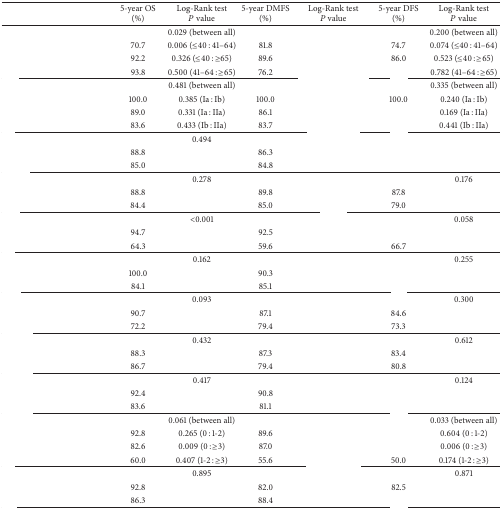
<table><thead><tr><td>[EMPTY_CELL]</td><td><b>5-year OS (%)</b></td><td><b>Log-Rank test <i>P</i> value</b></td><td><b>5-year DMFS (%)</b></td><td><b>Log-Rank test <i>P</i> value</b></td><td><b>5-year DFS (%)</b></td><td><b>Log-Rank test <i>P</i> value</b></td></tr></thead><tbody><tr><td>[EMPTY_CELL]</td><td>[EMPTY_CELL]</td><td>0.029 (between all)</td><td>[EMPTY_CELL]</td><td>[EMPTY_CELL]</td><td>[EMPTY_CELL]</td><td>0.200 (between all)</td></tr><tr><td>[EMPTY_CELL]</td><td>70.7</td><td>0.006 (≤40 : 41–64)</td><td>81.8</td><td>[EMPTY_CELL]</td><td>74.7</td><td>0.074 (≤40 : 41–64)</td></tr><tr><td>[EMPTY_CELL]</td><td>92.2</td><td>0.326 (≤40 : ≥65)</td><td>89.6</td><td>[EMPTY_CELL]</td><td>86.0</td><td>0.523 (≤40 : ≥65)</td></tr><tr><td>[EMPTY_CELL]</td><td>93.8</td><td>0.500 (41–64 : ≥65)</td><td>76.2</td><td>[EMPTY_CELL]</td><td>[EMPTY_CELL]</td><td>0.782 (41–64 : ≥65)</td></tr><tr><td>[EMPTY_CELL]</td><td>[EMPTY_CELL]</td><td>0.481 (between all)</td><td>[EMPTY_CELL]</td><td>[EMPTY_CELL]</td><td>[EMPTY_CELL]</td><td>0.335 (between all)</td></tr><tr><td>[EMPTY_CELL]</td><td>100.0</td><td>0.385 (Ia : Ib)</td><td>100.0</td><td>[EMPTY_CELL]</td><td>100.0</td><td>0.240 (Ia : Ib)</td></tr><tr><td>[EMPTY_CELL]</td><td>89.0</td><td>0.331 (Ia : IIa)</td><td>86.1</td><td>[EMPTY_CELL]</td><td>[EMPTY_CELL]</td><td>0.169 (Ia : IIa)</td></tr><tr><td>[EMPTY_CELL]</td><td>83.6</td><td>0.433 (Ib : IIa)</td><td>83.7</td><td>[EMPTY_CELL]</td><td>[EMPTY_CELL]</td><td>0.441 (Ib : IIa)</td></tr><tr><td>[EMPTY_CELL]</td><td>[EMPTY_CELL]</td><td>0.494</td><td>[EMPTY_CELL]</td><td>[EMPTY_CELL]</td><td>[EMPTY_CELL]</td><td>[EMPTY_CELL]</td></tr><tr><td>[EMPTY_CELL]</td><td>88.8</td><td>[EMPTY_CELL]</td><td>86.3</td><td>[EMPTY_CELL]</td><td>[EMPTY_CELL]</td><td>[EMPTY_CELL]</td></tr><tr><td>[EMPTY_CELL]</td><td>85.0</td><td>[EMPTY_CELL]</td><td>84.8</td><td>[EMPTY_CELL]</td><td>[EMPTY_CELL]</td><td>[EMPTY_CELL]</td></tr><tr><td>[EMPTY_CELL]</td><td>[EMPTY_CELL]</td><td>0.278</td><td>[EMPTY_CELL]</td><td>[EMPTY_CELL]</td><td>[EMPTY_CELL]</td><td>0.176</td></tr><tr><td>[EMPTY_CELL]</td><td>88.8</td><td>[EMPTY_CELL]</td><td>89.8</td><td>[EMPTY_CELL]</td><td>87.8</td><td>[EMPTY_CELL]</td></tr><tr><td>[EMPTY_CELL]</td><td>84.4</td><td>[EMPTY_CELL]</td><td>85.0</td><td>[EMPTY_CELL]</td><td>79.0</td><td>[EMPTY_CELL]</td></tr><tr><td>[EMPTY_CELL]</td><td>[EMPTY_CELL]</td><td>&lt;0.001</td><td>[EMPTY_CELL]</td><td>[EMPTY_CELL]</td><td>[EMPTY_CELL]</td><td>0.058</td></tr><tr><td>[EMPTY_CELL]</td><td>94.7</td><td>[EMPTY_CELL]</td><td>92.5</td><td>[EMPTY_CELL]</td><td>[EMPTY_CELL]</td><td>[EMPTY_CELL]</td></tr><tr><td>[EMPTY_CELL]</td><td>64.3</td><td>[EMPTY_CELL]</td><td>59.6</td><td>[EMPTY_CELL]</td><td>66.7</td><td>[EMPTY_CELL]</td></tr><tr><td>[EMPTY_CELL]</td><td>[EMPTY_CELL]</td><td>0.162</td><td>[EMPTY_CELL]</td><td>[EMPTY_CELL]</td><td>[EMPTY_CELL]</td><td>0.255</td></tr><tr><td>[EMPTY_CELL]</td><td>100.0</td><td>[EMPTY_CELL]</td><td>90.3</td><td>[EMPTY_CELL]</td><td>[EMPTY_CELL]</td><td>[EMPTY_CELL]</td></tr><tr><td>[EMPTY_CELL]</td><td>84.1</td><td>[EMPTY_CELL]</td><td>85.1</td><td>[EMPTY_CELL]</td><td>[EMPTY_CELL]</td><td>[EMPTY_CELL]</td></tr><tr><td>[EMPTY_CELL]</td><td>[EMPTY_CELL]</td><td>0.093</td><td>[EMPTY_CELL]</td><td>[EMPTY_CELL]</td><td>[EMPTY_CELL]</td><td>0.300</td></tr><tr><td>[EMPTY_CELL]</td><td>90.7</td><td>[EMPTY_CELL]</td><td>87.1</td><td>[EMPTY_CELL]</td><td>84.6</td><td>[EMPTY_CELL]</td></tr><tr><td>[EMPTY_CELL]</td><td>72.2</td><td>[EMPTY_CELL]</td><td>79.4</td><td>[EMPTY_CELL]</td><td>73.3</td><td>[EMPTY_CELL]</td></tr><tr><td>[EMPTY_CELL]</td><td>[EMPTY_CELL]</td><td>0.432</td><td>[EMPTY_CELL]</td><td>[EMPTY_CELL]</td><td>[EMPTY_CELL]</td><td>0.612</td></tr><tr><td>[EMPTY_CELL]</td><td>88.3</td><td>[EMPTY_CELL]</td><td>87.3</td><td>[EMPTY_CELL]</td><td>83.4</td><td>[EMPTY_CELL]</td></tr><tr><td>[EMPTY_CELL]</td><td>86.7</td><td>[EMPTY_CELL]</td><td>79.4</td><td>[EMPTY_CELL]</td><td>80.8</td><td>[EMPTY_CELL]</td></tr><tr><td>[EMPTY_CELL]</td><td>[EMPTY_CELL]</td><td>0.417</td><td>[EMPTY_CELL]</td><td>[EMPTY_CELL]</td><td>[EMPTY_CELL]</td><td>0.124</td></tr><tr><td>[EMPTY_CELL]</td><td>92.4</td><td>[EMPTY_CELL]</td><td>90.8</td><td>[EMPTY_CELL]</td><td>[EMPTY_CELL]</td><td>[EMPTY_CELL]</td></tr><tr><td>[EMPTY_CELL]</td><td>83.6</td><td>[EMPTY_CELL]</td><td>81.1</td><td>[EMPTY_CELL]</td><td>[EMPTY_CELL]</td><td>[EMPTY_CELL]</td></tr><tr><td>[EMPTY_CELL]</td><td>[EMPTY_CELL]</td><td>0.061 (between all)</td><td>[EMPTY_CELL]</td><td>[EMPTY_CELL]</td><td>[EMPTY_CELL]</td><td>0.033 (between all)</td></tr><tr><td>[EMPTY_CELL]</td><td>92.8</td><td>0.265 (0 : 1-2)</td><td>89.6</td><td>[EMPTY_CELL]</td><td>[EMPTY_CELL]</td><td>0.604 (0 : 1-2)</td></tr><tr><td>[EMPTY_CELL]</td><td>82.6</td><td>0.009 (0 : ≥3)</td><td>87.0</td><td>[EMPTY_CELL]</td><td>[EMPTY_CELL]</td><td>0.006 (0 : ≥3)</td></tr><tr><td>[EMPTY_CELL]</td><td>60.0</td><td>0.407 (1-2 : ≥3)</td><td>55.6</td><td>[EMPTY_CELL]</td><td>50.0</td><td>0.174 (1-2 : ≥3)</td></tr><tr><td>[EMPTY_CELL]</td><td>[EMPTY_CELL]</td><td>0.895</td><td>[EMPTY_CELL]</td><td>[EMPTY_CELL]</td><td>[EMPTY_CELL]</td><td>0.871</td></tr><tr><td>[EMPTY_CELL]</td><td>92.8</td><td>[EMPTY_CELL]</td><td>82.0</td><td>[EMPTY_CELL]</td><td>82.5</td><td>[EMPTY_CELL]</td></tr><tr><td>[EMPTY_CELL]</td><td>86.3</td><td>[EMPTY_CELL]</td><td>88.4</td><td>[EMPTY_CELL]</td><td>[EMPTY_CELL]</td><td>[EMPTY_CELL]</td></tr></tbody></table>